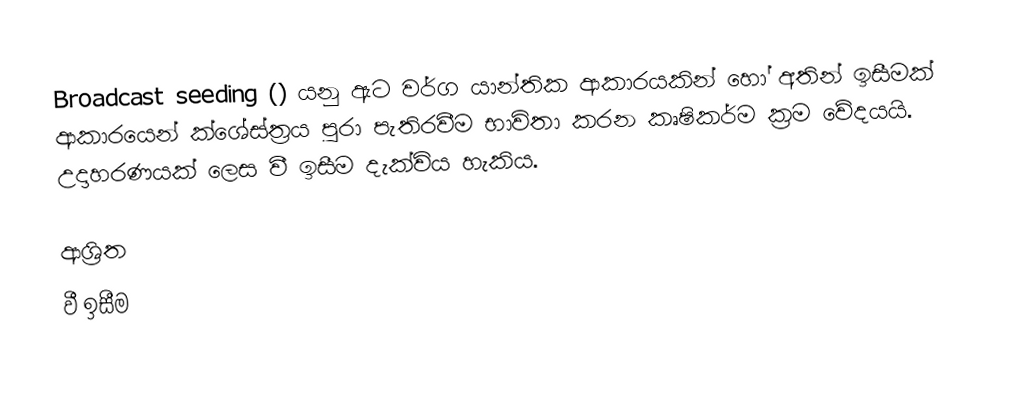
Broadcast seeding () යනු ඇට වර්ග යාන්තික ආකාරයකින් හෝ අතින් ඉසීමක් ආකාරයෙන් ක්ශේස්ත්‍රය පුරා පැතිරවීම භාවිතා කරන කෘෂිකර්ම ක්‍රම වේදයයි. උදාහරණයක් ලෙස වී ඉසීම දැක්විය හැකිය.

ආශ්‍රිත
 වී ඉසීම